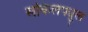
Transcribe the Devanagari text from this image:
सकिलफ्यूल